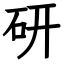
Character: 研